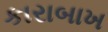
કારાબાખ